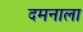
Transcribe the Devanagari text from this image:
दमनाला